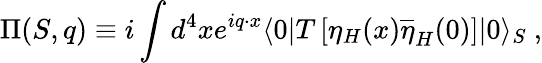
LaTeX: \Pi(S,q)\equiv i\int d^{4}xe^{iq\cdot x}\langle 0|T\left[\eta_{H}(x)\overline{{{\eta}}}_{H}(0)\right]|0\rangle_{S}\ ,